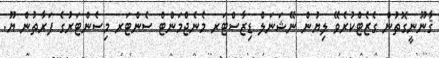
ޤާނޫނީގޮތުން ގެޒެޓްކުރެވޭ ލިޔުން ނޭޝަނަލް ޑިޒާސްޓަރ މެނެޖްމަންޓް ސެންޓަރ މިސެންޓަރުގެ ފަރާތުން ޔޫ.